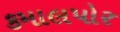
કમાલપોર